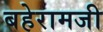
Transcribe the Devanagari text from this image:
बहेरामजी